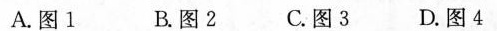
A.图1 B.图2 C.图3 D.图4